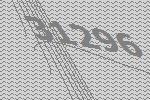
31296